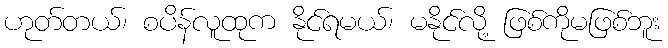
ဟုတ်တယ်၊ စပိန်လူထုက နိုင်ရမယ်၊ မနိုင်လို့ ဖြစ်ကိုမဖြစ်ဘူး